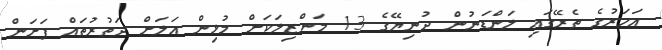
އަހަރުގެ ތެރޭގައި ލަންޑަނުން ދުނިޔޭގެ 13 މަންޒިލަކަށް މުޅިން އަލަށް ދަތުރުތައް ފަށަން